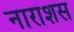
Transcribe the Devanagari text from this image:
नाराशस